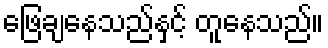
ဖြေချနေသည်နှင့် တူနေသည်။